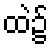
ထဲ၌